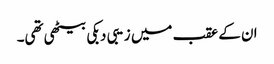
ان کے عقب میں زیبی دبکی بیٹھی تھی۔